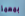
بمهمة